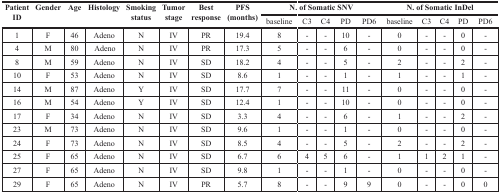
<table><thead><tr><td rowspan="2"><b>Patient ID</b></td><td rowspan="2"><b>Gender</b></td><td rowspan="2"><b>Age</b></td><td rowspan="2"><b>Histology</b></td><td rowspan="2"><b>Smoking status</b></td><td rowspan="2"><b>Tumor stage</b></td><td rowspan="2"><b>Best response</b></td><td rowspan="2"><b>PFS (months)</b></td><td colspan="5"><b>N. of Somatic SNV</b></td><td colspan="5"><b>N. of Somatic InDel</b></td></tr><tr><td><b>baseline</b></td><td><b>C3</b></td><td><b>C4</b></td><td><b>PD</b></td><td><b>PD6</b></td><td><b>baseline</b></td><td><b>C3</b></td><td><b>C4</b></td><td><b>PD</b></td><td><b>PD6</b></td></tr></thead><tbody><tr><td>1</td><td>F</td><td>46</td><td>Adeno</td><td>N</td><td>IV</td><td>PR</td><td>19.4</td><td>8</td><td>-</td><td>-</td><td>10</td><td>-</td><td>0</td><td>-</td><td>-</td><td>0</td><td>-</td></tr><tr><td>4</td><td>M</td><td>80</td><td>Adeno</td><td>N</td><td>IV</td><td>PR</td><td>17.3</td><td>5</td><td>-</td><td>-</td><td>6</td><td>-</td><td>0</td><td>-</td><td>-</td><td>0</td><td>-</td></tr><tr><td>8</td><td>M</td><td>59</td><td>Adeno</td><td>N</td><td>IV</td><td>SD</td><td>18.2</td><td>4</td><td>-</td><td>-</td><td>5</td><td>-</td><td>2</td><td>-</td><td>-</td><td>2</td><td>-</td></tr><tr><td>10</td><td>F</td><td>53</td><td>Adeno</td><td>N</td><td>IV</td><td>SD</td><td>8.6</td><td>1</td><td>-</td><td>-</td><td>1</td><td>-</td><td>1</td><td>-</td><td>-</td><td>1</td><td>-</td></tr><tr><td>14</td><td>M</td><td>87</td><td>Adeno</td><td>Y</td><td>IV</td><td>SD</td><td>17.7</td><td>7</td><td>-</td><td>-</td><td>11</td><td>-</td><td>0</td><td>-</td><td>-</td><td>0</td><td>-</td></tr><tr><td>16</td><td>M</td><td>54</td><td>Adeno</td><td>Y</td><td>IV</td><td>SD</td><td>12.4</td><td>1</td><td>-</td><td>-</td><td>10</td><td>-</td><td>0</td><td>-</td><td>-</td><td>0</td><td>-</td></tr><tr><td>17</td><td>F</td><td>34</td><td>Adeno</td><td>N</td><td>IV</td><td>SD</td><td>3.3</td><td>4</td><td>-</td><td>-</td><td>6</td><td>-</td><td>1</td><td>-</td><td>-</td><td>2</td><td>-</td></tr><tr><td>23</td><td>M</td><td>73</td><td>Adeno</td><td>N</td><td>IV</td><td>SD</td><td>9.6</td><td>1</td><td>-</td><td>-</td><td>1</td><td>-</td><td>0</td><td>-</td><td>-</td><td>0</td><td>-</td></tr><tr><td>24</td><td>F</td><td>73</td><td>Adeno</td><td>N</td><td>IV</td><td>SD</td><td>8.5</td><td>4</td><td>-</td><td>-</td><td>5</td><td>-</td><td>2</td><td>-</td><td>-</td><td>2</td><td>-</td></tr><tr><td>25</td><td>F</td><td>65</td><td>Adeno</td><td>N</td><td>IV</td><td>SD</td><td>6.7</td><td>6</td><td>4</td><td>5</td><td>6</td><td>-</td><td>1</td><td>1</td><td>2</td><td>1</td><td>-</td></tr><tr><td>27</td><td>F</td><td>65</td><td>Adeno</td><td>N</td><td>IV</td><td>SD</td><td>9.8</td><td>1</td><td>-</td><td>-</td><td>1</td><td>-</td><td>0</td><td>-</td><td>-</td><td>0</td><td>-</td></tr><tr><td>29</td><td>F</td><td>65</td><td>Adeno</td><td>N</td><td>IV</td><td>PR</td><td>5.7</td><td>8</td><td>-</td><td>-</td><td>9</td><td>9</td><td>0</td><td>-</td><td>-</td><td>0</td><td>0</td></tr></tbody></table>